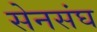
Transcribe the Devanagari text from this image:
सेनसंघ